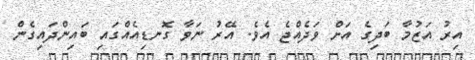
އިރު އަޒުމާ ބަދިގެ އަށް ވަދެއްޖެ އެވެ. އޭރު ނަވާ ގޮނޑިއެއްގައި ބައިންދައިގެން